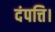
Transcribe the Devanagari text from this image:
दंपत्ति।